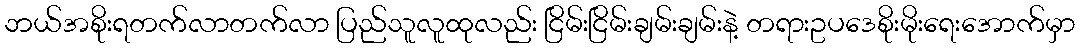
ဘယ်အစိုးရတက်လာတက်လာ ပြည်သူလူထုလည်း ငြိမ်းငြိမ်းချမ်းချမ်းနဲ့ တရားဥပဒေစိုးမိုးရေးအောက်မှာ